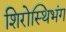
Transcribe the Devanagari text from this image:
शिरोस्थिभंग